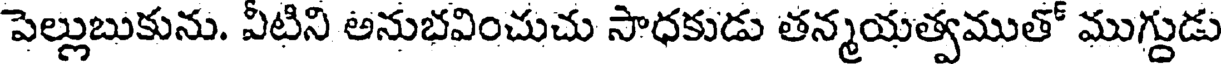
పెల్లుబుకును. వీటిని అనుభవించుచు సాధకుడు తన్మయత్వముతో ముగ్దుడు